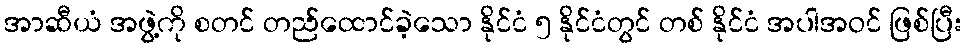
အာဆီယံ အဖွဲ့ကို စတင် တည်ထောင်ခဲ့သော နိုင်ငံ ၅ နိုင်ငံတွင် တစ် နိုင်ငံ အပါအဝင် ဖြစ်ပြီး